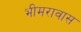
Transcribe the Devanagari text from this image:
भीमरावास